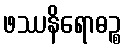
ဖဿနိရောဓဉ္စ